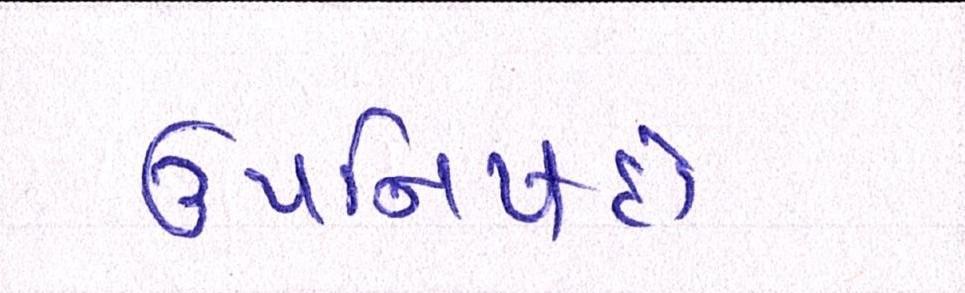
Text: ઉપનિષદો